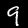
Digit: 9